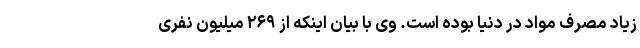
زیاد مصرف مواد در دنیا بوده است. وی با بیان اینکه از ۲۶۹ میلیون نفری